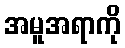
အမူအရာကို